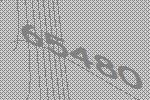
65480